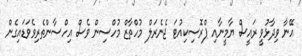
އޭނާ ވިދާޅުވީ ރައީސް ޔާމީނާއި ޕްރޮސިކިއުޓަ ޖެނެރަލް މުހްތާޒް މުހްސިން ވެސް އިހްސާންތެރިވެވަޑައިގެން